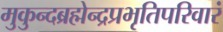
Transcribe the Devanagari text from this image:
मुकुन्दब्रह्मेन्द्रप्रभृतिपरिवारं